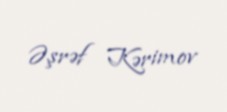
Əşrəf Kərimov